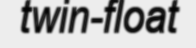
twin-float